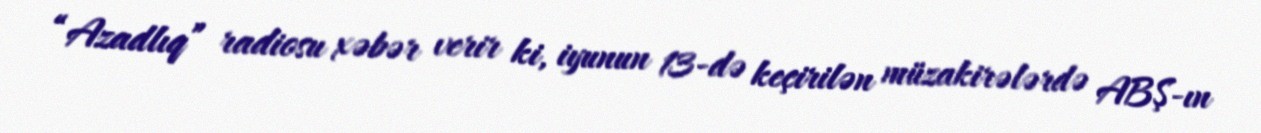
“Azadlıq” radiosu xəbər verir ki, iyunun 13-də keçirilən müzakirələrdə ABŞ-ın